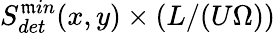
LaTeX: S_{det}^{\mathfrak{m}in}(x,y)\times(L/(U\Omega))